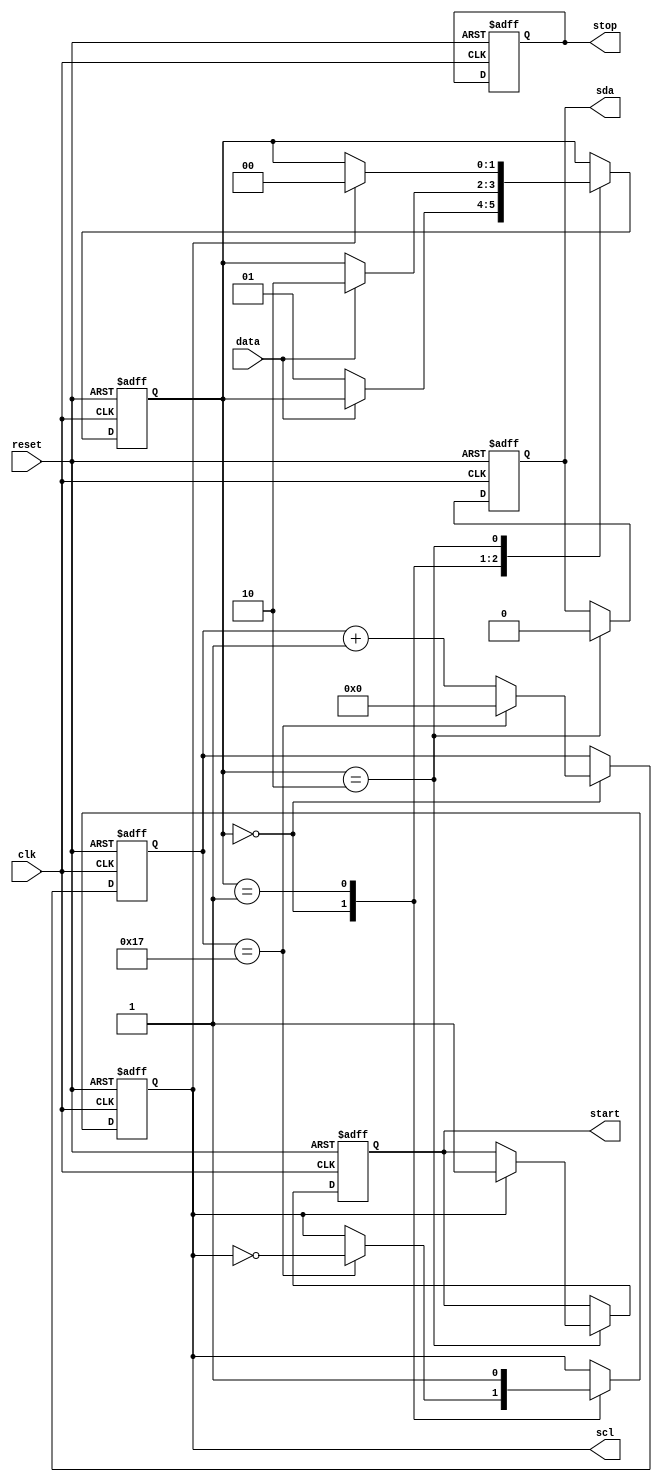
module i2c_timing_control_sync(
    input wire clk,
    input wire reset,
    output reg scl,
    output reg sda,
    output reg start,
    output reg stop,
    input wire data
);

reg [7:0] counter;
reg [1:0] state;

parameter DIVIDER = 24; // Adjust this parameter to generate the desired clock frequency

always @(posedge clk or posedge reset) begin
    if (reset) begin
        scl <= 1'b1;
        sda <= 1'b1;
        start <= 1'b0;
        stop <= 1'b0;
        counter <= 8'b0;
        state <= 2'b00;
    end else begin
        case(state)
            2'b00: begin // Generate clock frequency
                if (counter == DIVIDER - 1) begin
                    scl <= ~scl;
                    counter <= 8'b0;
                end else begin
                    counter <= counter + 1;
                end
                if (data == 1'b0) begin
                    state <= 2'b01;
                end
            end
            2'b01: begin // Synchronize clock with data
                scl <= 1'b1;
                if (data == 1'b1) begin
                    state <= 2'b10;
                end
            end
            2'b10: begin // Generate start condition
                sda <= 1'b0;
                if (scl == 1'b1) begin
                    start <= 1'b1;
                    state <= 2'b00;
                end
            end
        endcase
    end
end

endmodule